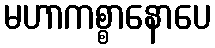
မဟာကစ္စာနောပေ